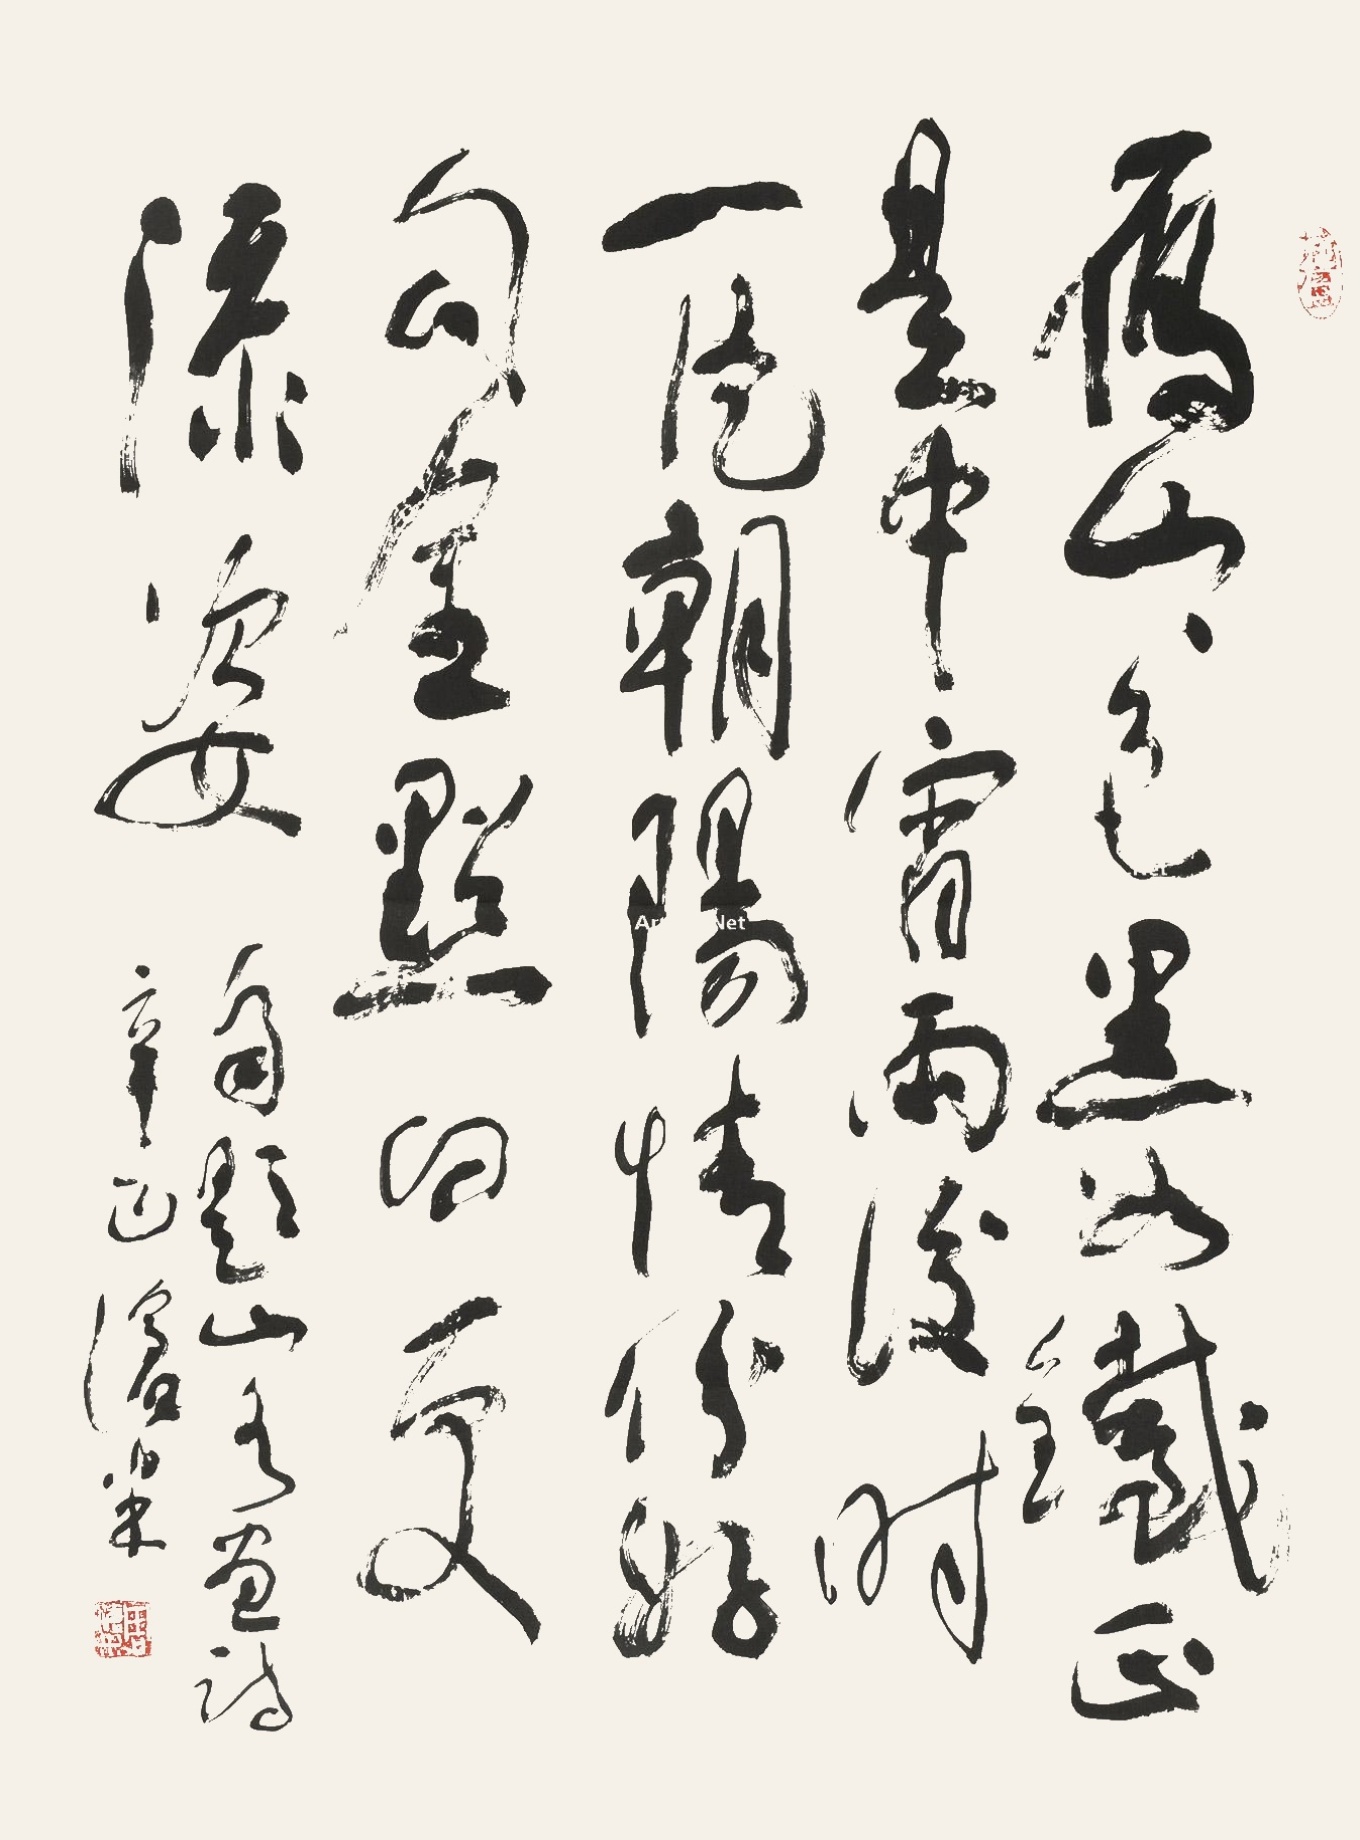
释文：雁山山色黑如铁，正是中宵雨后时。一片朝阳情纷好，勾金点白更添姿。自题山水画诗辛巳沧米。